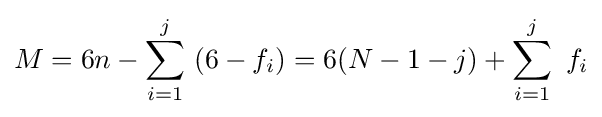
M=6n-\sum _{i=1}^{j}\ (6-f_{i})=6(N-1-j)+\sum _{i=1}^{j}\ f_{i}